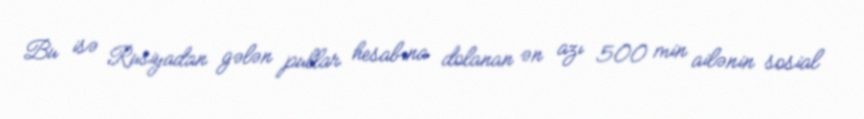
Bu isə Rusiyadan gələn pullar hesabına dolanan ən azı 500 min ailənin sosial